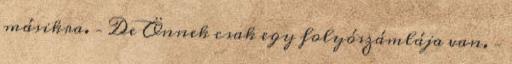
másikra. – De Önnek csak egy folyószámlája van. –